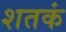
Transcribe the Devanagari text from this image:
शतकं